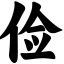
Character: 俭